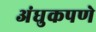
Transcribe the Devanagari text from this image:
अंधुकपणे